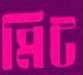
মিট